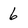
Character: 6